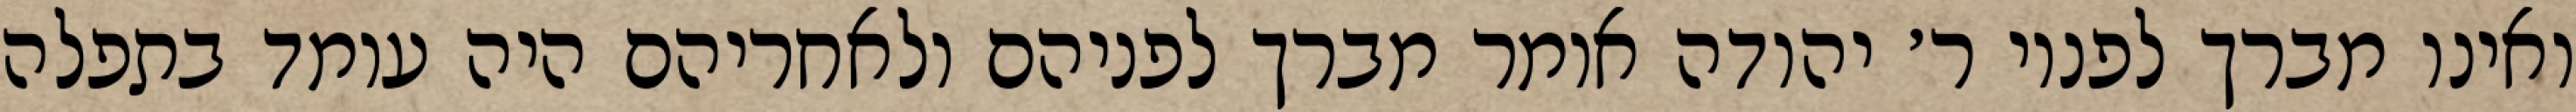
ואינו מברך לפניו ר׳ יהודה אומר מברך לפניהם ולאחריהם היה עומד בתפלה